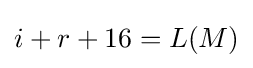
i+r+16=L(M)